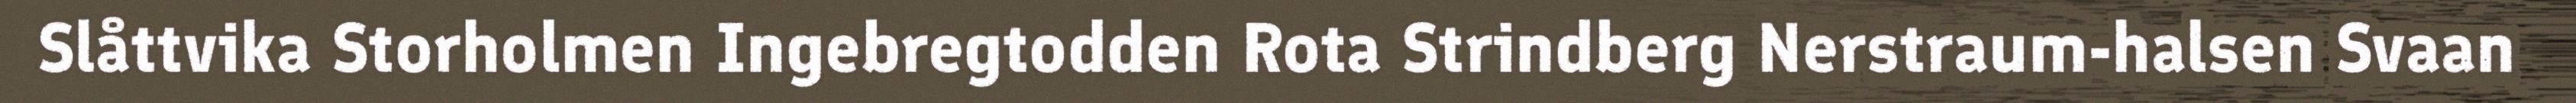
Slåttvika Storholmen Ingebregtodden Rota Strindberg Nerstraum-halsen Svaan